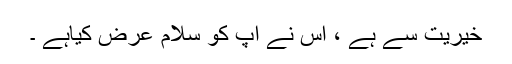
خیریت سے ہے ، اس نے آپ کو سلام عرض کیاہے ۔